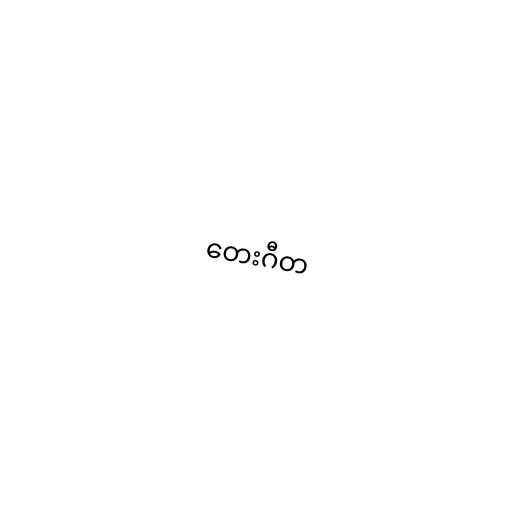
တေးဂီတ